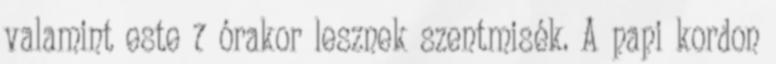
valamint este 7 órakor lesznek szentmisék. A papi kordon